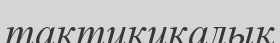
тактикикалық